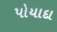
પોયાદા